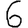
Digit: 6